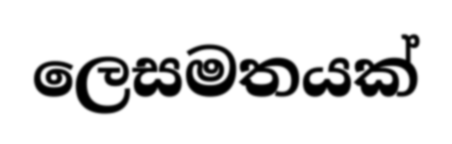
ලෙසමතයක්